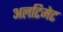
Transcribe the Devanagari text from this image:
अलटिमेट